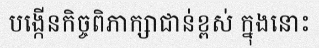
បង្កើនកិច្ចពិភាក្សាជាន់ខ្ពស់ ក្នុងនោះ